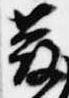
散